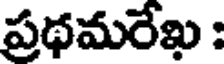
ప్రథమరేఖ :